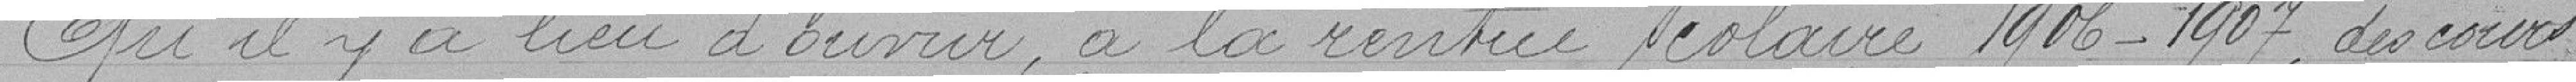
qu'il y a lieu d'ouvrir, à la rentrée scolaire 1906- 1907, des cours